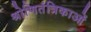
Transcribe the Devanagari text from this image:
श्रोणितंत्रिकाओं